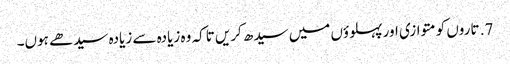
7. تاروں کو متوازی اور پہلوؤں میں سیدھ کریں تاکہ وہ زیادہ سے زیادہ سیدھے ہوں۔